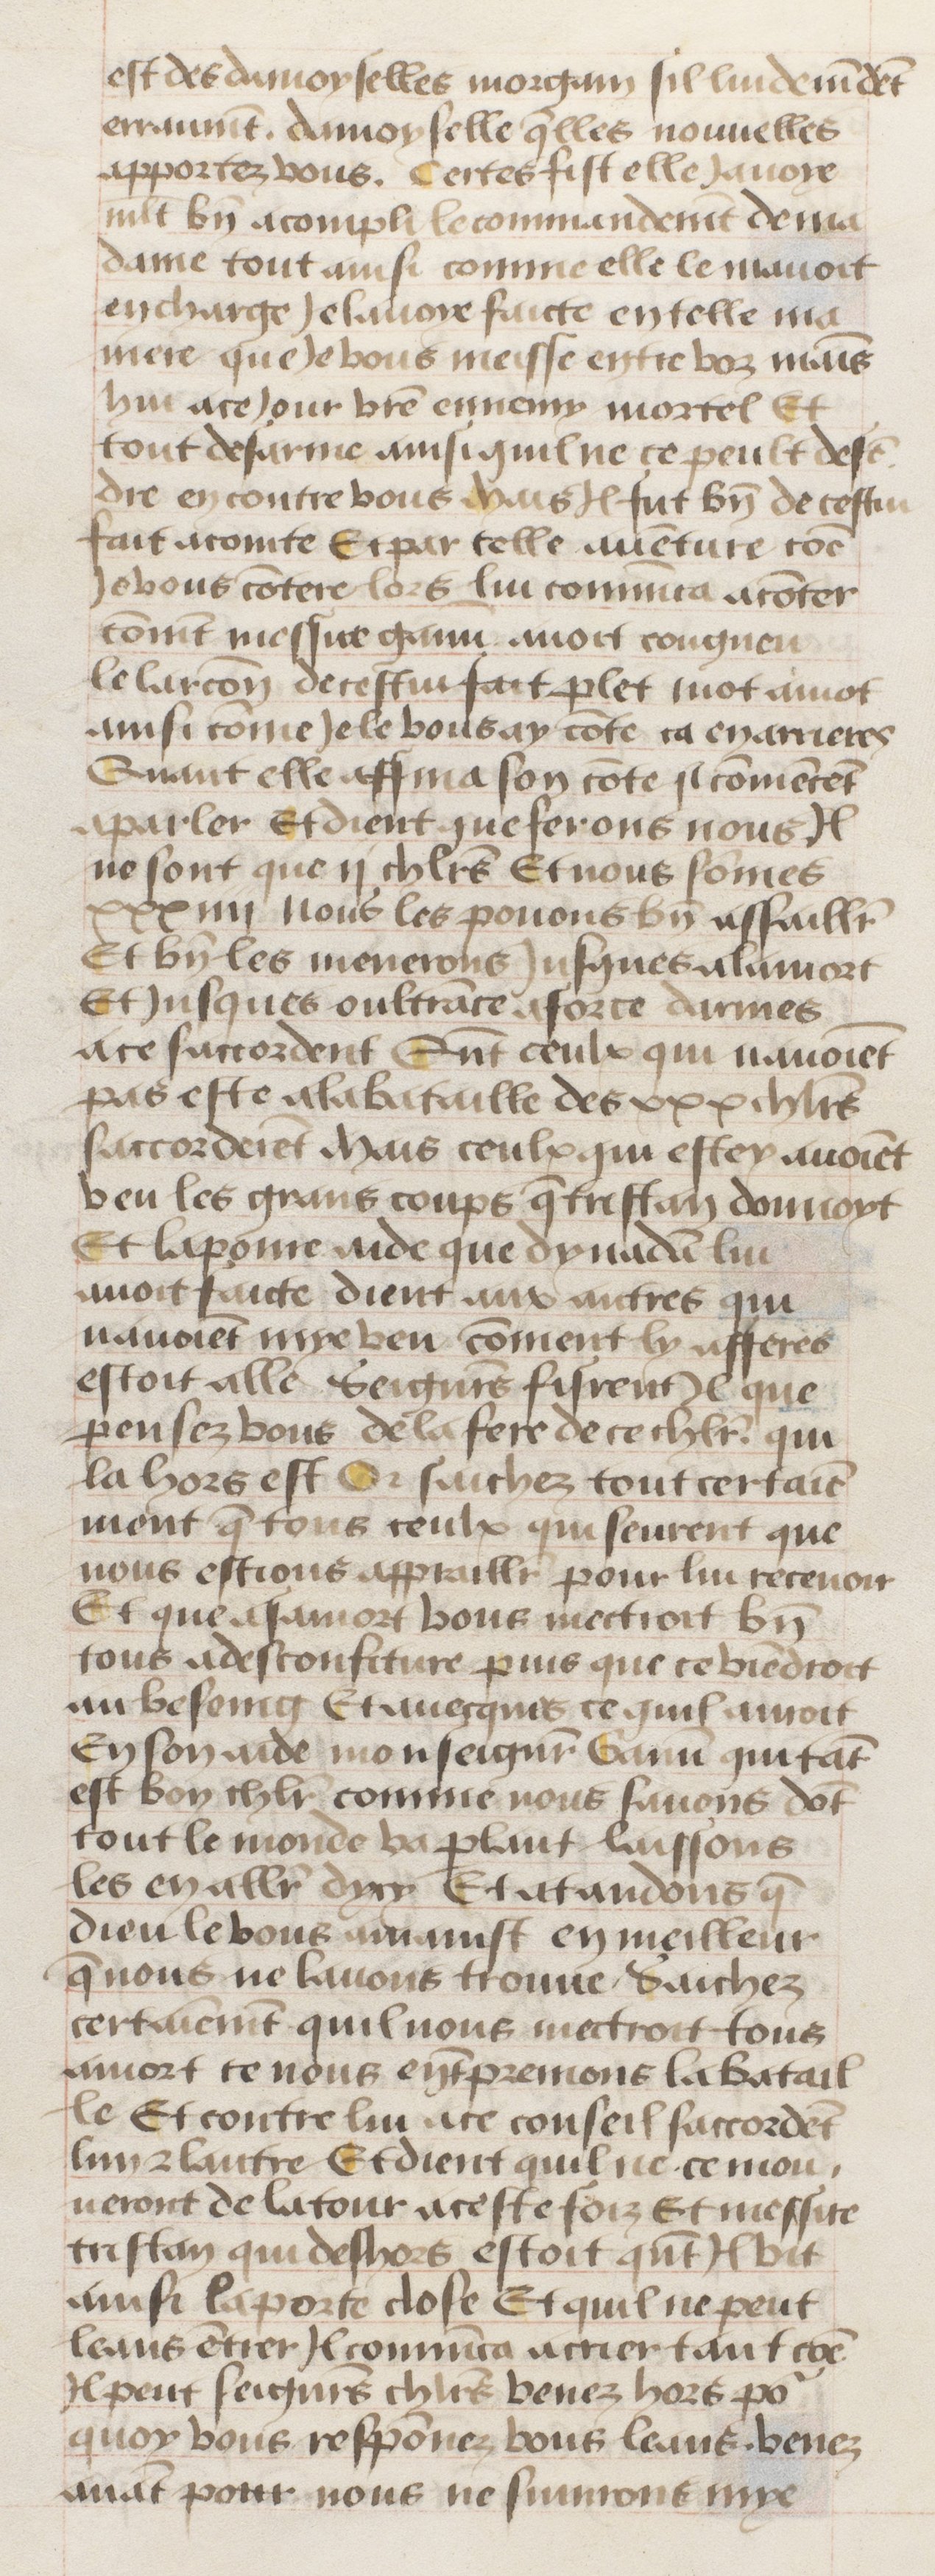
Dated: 1455–1485